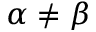
\alpha \neq \beta